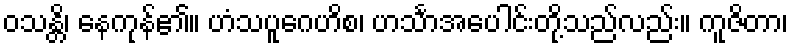
ဝသန္တိ၊ နေကုန်၏။ ဟံသပူဂေဟိစ၊ ဟင်္သာအပေါင်းတို့သည်လည်း။ ကူဇိတာ၊